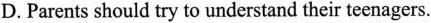
D. Parents should try to understand their teenagers.